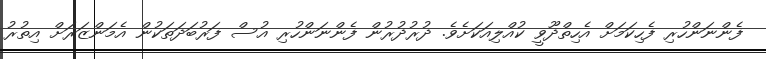
ފެންނަންހުރި ފެހިކަމަށް އެހިތްދޫވީ ކުއްލިއަކަށެވެ. ދުރުދުރުން ފެންނަންހުރި އުސް ފަރުބަދަތަކުން އެމަންޒަރަށް އިތުރު